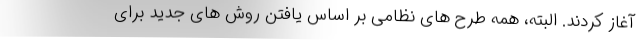
آغاز کردند. البته، همه طرح های نظامی بر اساس یافتن روش های جدید برای